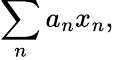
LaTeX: \sum_{n}a_{n}x_{n},